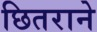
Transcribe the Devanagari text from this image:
छितराने